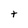
Character: t